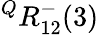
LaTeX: {}^{Q}R_{12}^{-}(3)